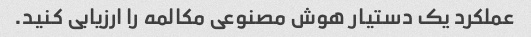
عملکرد یک دستیار هوش مصنوعی مکالمه را ارزیابی کنید.